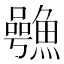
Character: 𮬋